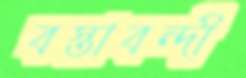
বস্তাবন্দী